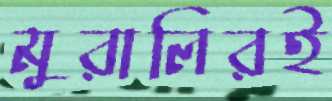
মুরালিরই